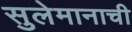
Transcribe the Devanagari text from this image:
सुलेमानाची